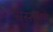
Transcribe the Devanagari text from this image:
संस्तंभन